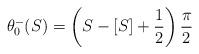
LaTeX: \begin{align*}\theta_0^-(S)=\left(S-[S]+\frac12\right)\frac\pi2\end{align*}